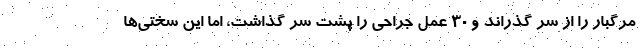
مرگبار را از سر گذراند و ۳۰ عمل جراحی را پشت سر گذاشت، اما این سختی‌ها